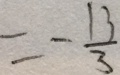
= - \frac { 1 3 } { 3 }